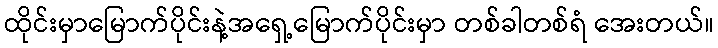
ထိုင်းမှာမြောက်ပိုင်းနဲ့အရှေ့မြောက်ပိုင်းမှာ တစ်ခါတစ်ရံ အေးတယ်။